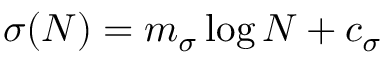
\sigma ( N ) = m _ { \sigma } \log N + c _ { \sigma }